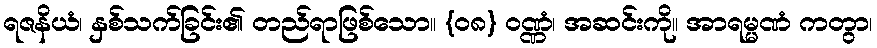
ရဇနိယံ၊ နှစ်သက်ခြင်း၏ တည်ရာဖြစ်သော။ {၀၈} ဝဏ္ဏံ၊ အဆင်းကို။ အာရမ္မဏံ ကတွာ၊